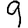
Digit: 9